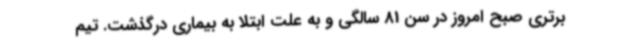
برتری صبح امروز در سن 81 سالگی و به علت ابتلا به بیماری درگذشت. تیم